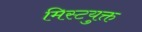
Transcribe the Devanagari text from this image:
मिस्टयुक्त